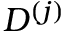
D ^ { ( j ) }